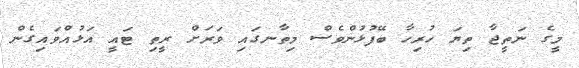
މީގެ ނަތީޖާ ތިޔަ ހުރިހާ ބޭފުޅުންވެސް މިތާނގައި ވަރަށް ރީތި ޓައީ އަޅުއްވައިގެން